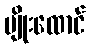
ပျိုးထောင်